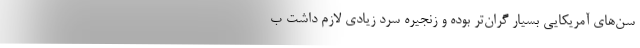
سن‌های آمریکایی بسیار گران‌تر بوده و زنجیره سرد زیادی لازم داشت ب